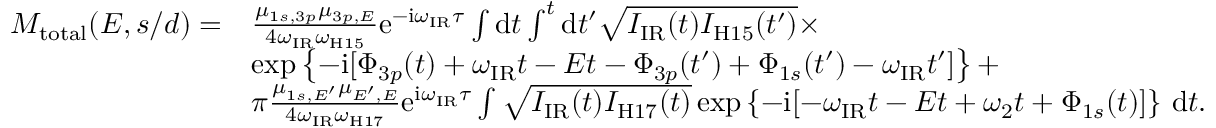
\begin{array} { r l } { M _ { \mathrm { { t o t a l } } } ( E , s / d ) = } & { \frac { \mu _ { 1 s , 3 p } \mu _ { 3 p , E } } { 4 \omega _ { \mathrm { I R } } \omega _ { \mathrm { H 1 5 } } } \mathrm e ^ { - \mathrm i \omega _ { \mathrm { I R } } \tau } \int \mathrm d t \int ^ { t } \mathrm d t ^ { \prime } \sqrt { I _ { \mathrm { I R } } ( t ) I _ { \mathrm { H 1 5 } } ( t ^ { \prime } ) } \times } \\ & { \exp \left\{ - \mathrm i [ \Phi _ { 3 p } ( t ) + \omega _ { \mathrm { I R } } t - E t - \Phi _ { 3 p } ( t ^ { \prime } ) + \Phi _ { 1 s } ( t ^ { \prime } ) - \omega _ { \mathrm { I R } } t ^ { \prime } ] \right\} + } \\ & { \pi \frac { \mu _ { 1 s , E ^ { \prime } } \mu _ { E ^ { \prime } , E } } { 4 \omega _ { \mathrm { I R } } \omega _ { \mathrm { H 1 7 } } } \mathrm e ^ { \mathrm i \omega _ { \mathrm { I R } } \tau } \int \sqrt { I _ { \mathrm { I R } } ( t ) I _ { \mathrm { H 1 7 } } ( t ) } \exp \left\{ - \mathrm i [ - \omega _ { \mathrm { I R } } t - E t + \omega _ { 2 } t + \Phi _ { 1 s } ( t ) ] \right\} \, \mathrm d t . } \end{array}